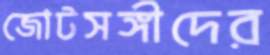
জোটসঙ্গীদের